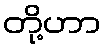
တို့ဟာ